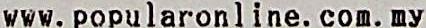
WWW. POPULARONLINE. COM. MY